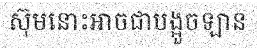
ស៊ុមនោះអាចជាបង្អួចឡាន